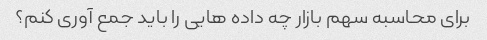
برای محاسبه سهم بازار چه داده هایی را باید جمع آوری کنم؟